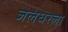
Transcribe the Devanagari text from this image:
जलंधरला